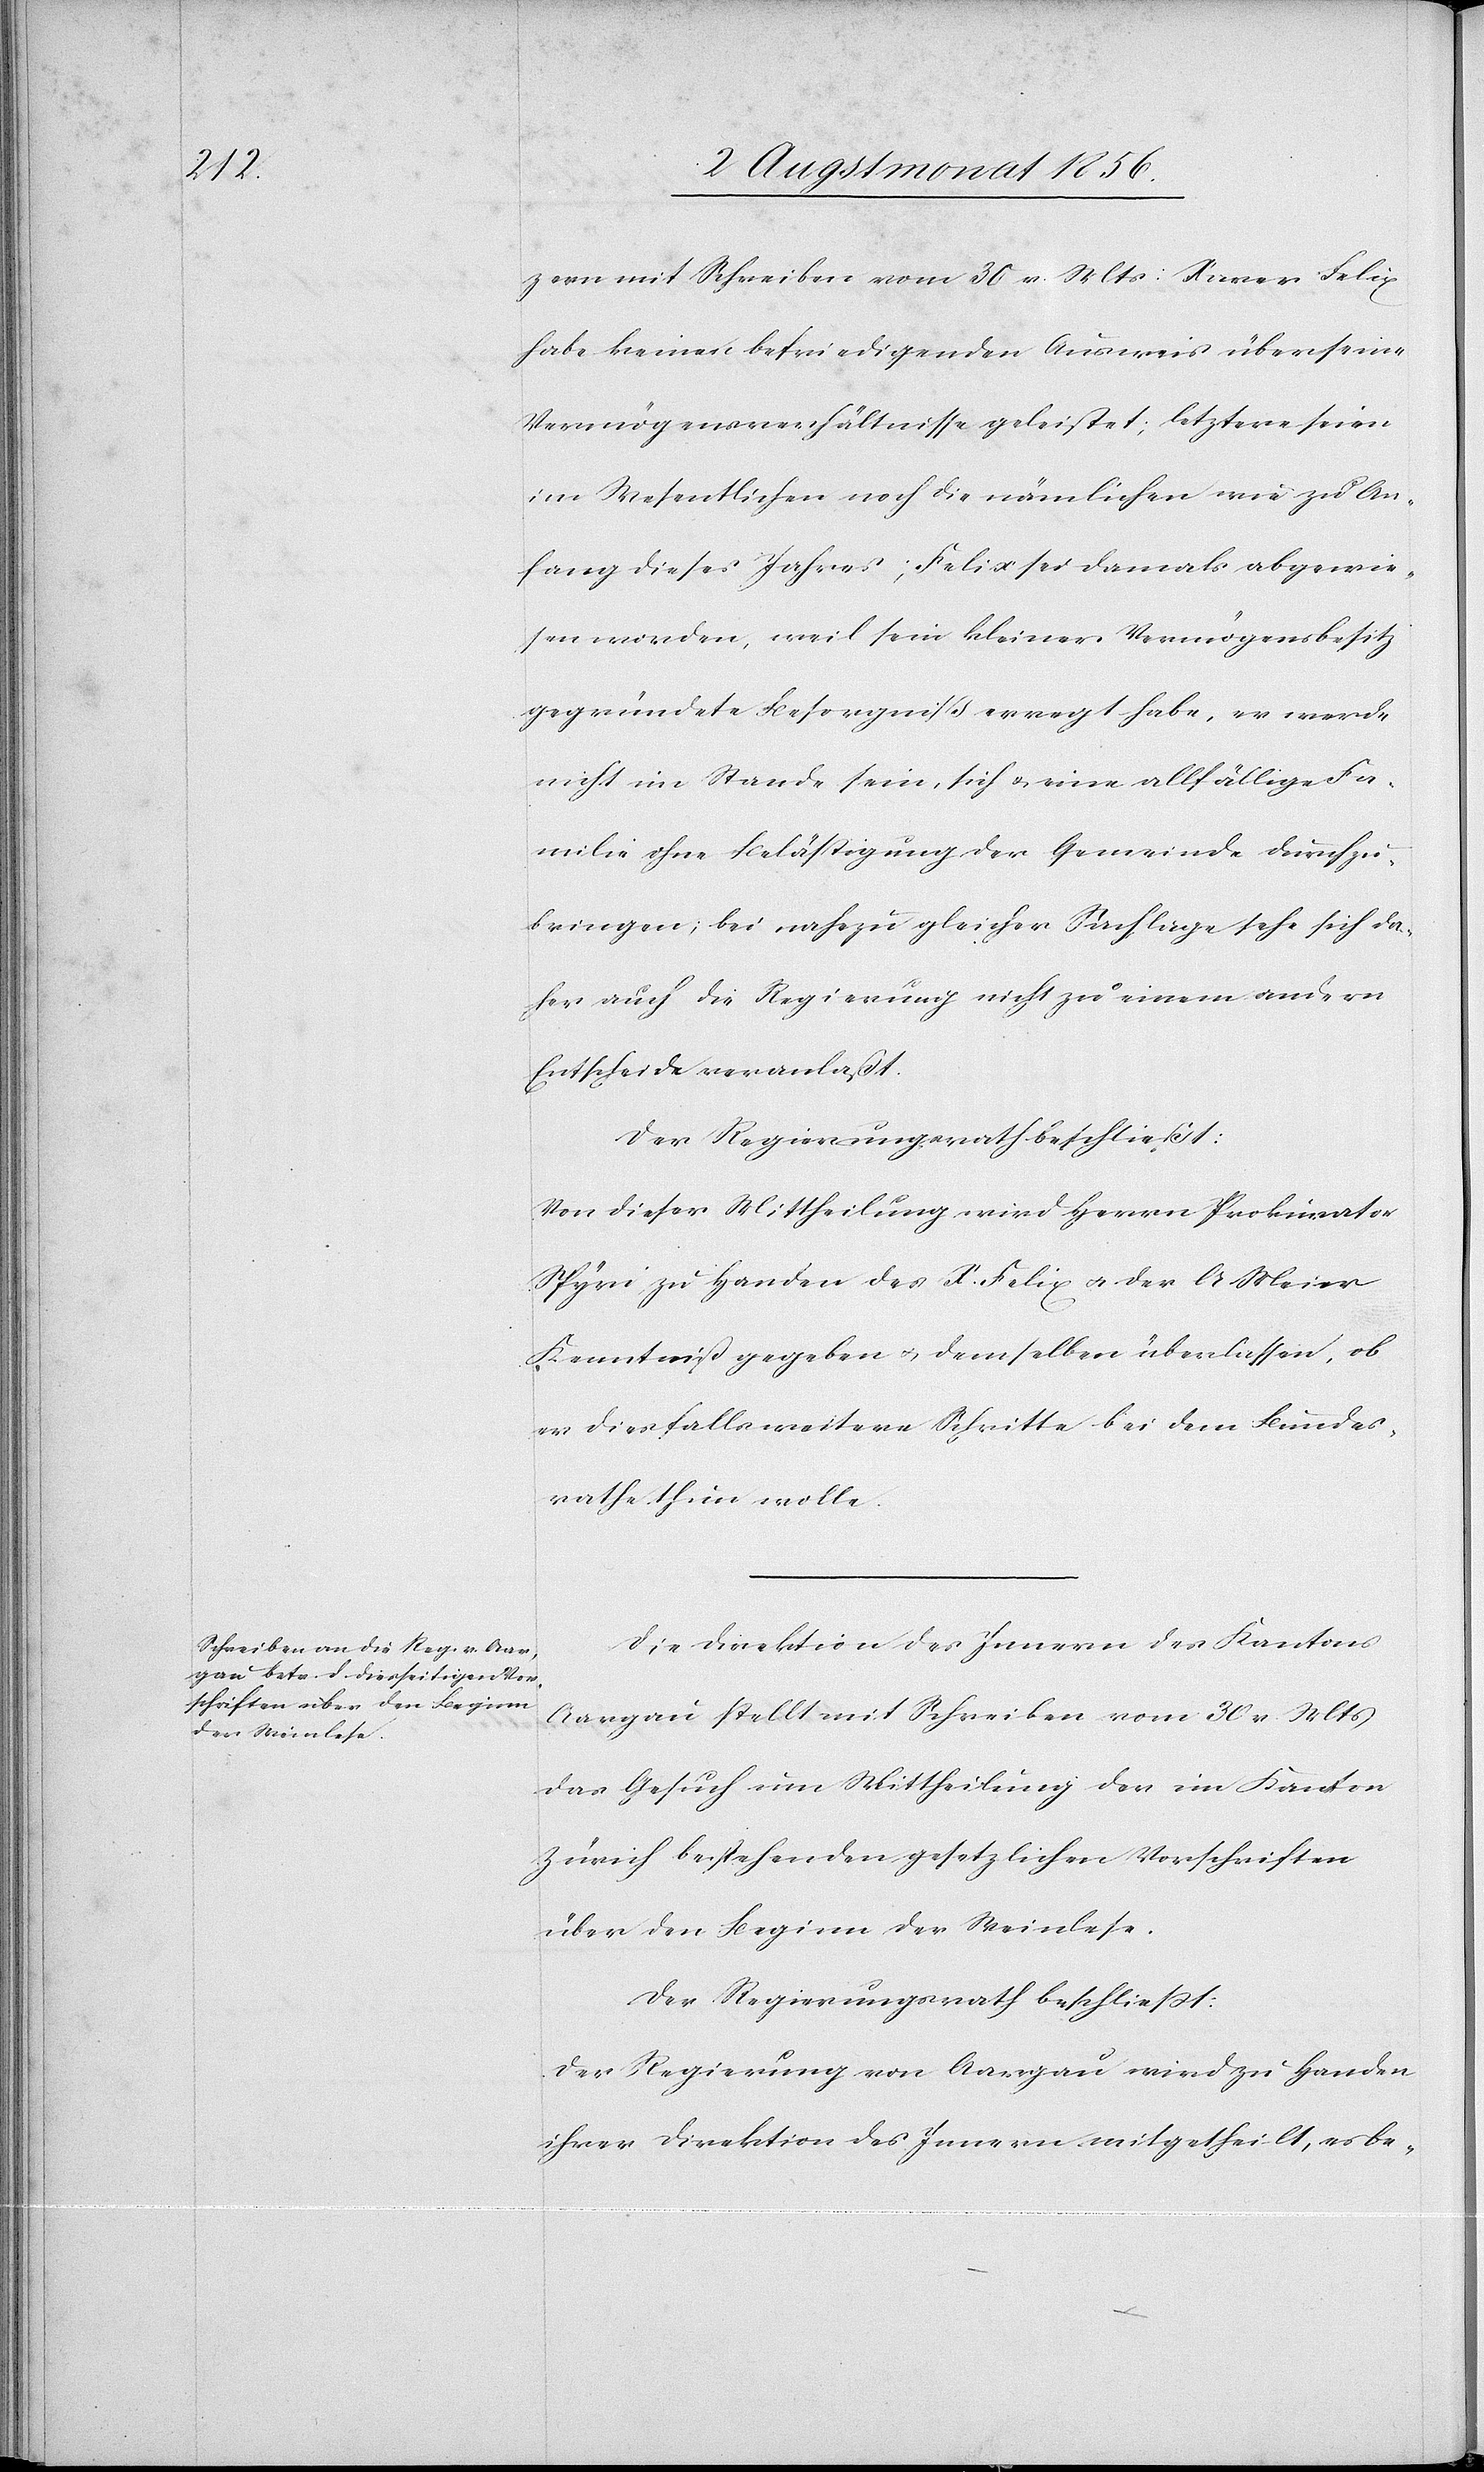
zern mit Schreiben vom 30 v. Mts: Xaver Felix
habe keinen befriedigenden Ausweis über seine
Vermögensverhältnisse geleistet; letztere seien
im Wesentlichen noch die nämlichen wie zu An¬
fang dieses Jahres; Felix sei damals abgewie¬
sen worden, weil sein kleiner Vermögensbesitz
gegründete Besorgniß erregt habe, er werde
nicht im Stande sein, sich u. eine allfällige Fa¬
milie ohne Belästigung der Gemeinde durchzu¬
bringen; bei nahezu gleicher Sachlage sehe sich da¬
her auch die Regierung nicht zu einem andern
Entscheide veranlaßt.
Der Regierungsrath beschließt:
Von dieser Mittheilung wird Herrn Prokurator
Spyri zu Handen des X. Felix u. der A Meier
Kenntniß gegeben u. demselben überlassen, ob
er diesfalls weitere Schritte bei dem Bundes¬
rathe thun wolle.
Die Direktion des Innern des Kantons
Aargau stellt mit Schreiben vom 30 v Mts
das Gesuch um Mittheilung der im Kanton
Zürich bestehenden gesetzlichen Vorschriften
über den Beginn der Weinlese.
Der Regierungsrath beschliesst:
Der Regierung von Aargau wird zu Handen
ihrer Direktion des Innern mitgetheilt, es be-